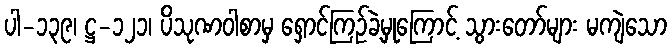
ပါ-၁၃၉၊ ဋ္ဌ-၁၂၁၊ ပိသုဏဝါစာမှ ရှောင်ကြဉ်ခဲ့မှုကြောင့် သွားတော်များ မကျဲသော